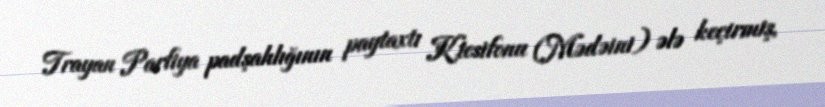
Trayan Parfiya padşahlığının paytaxtı Ktesifonu (Mədəini) ələ keçirmiş,